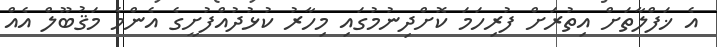
އެ ޚަފްލާތަށް އިތުރަށް ފުރިހަމަ ކޮށްދިނުމުގައި މިހާރު ކުޅުދުއްފުށީގެ އެންމެ މަޤުބޫލް އެއް